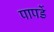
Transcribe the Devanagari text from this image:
पापर्डे